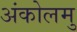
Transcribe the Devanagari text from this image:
अंकोलमु